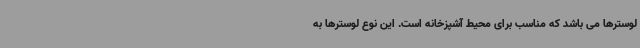
لوسترها می باشد که مناسب برای محیط آشپزخانه است. این نوع لوسترها به